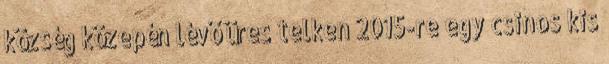
község közepén lévő üres telken 2015-re egy csinos kis